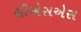
સીએસએસ